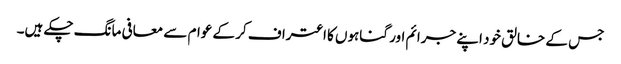
جس کے خالق خود اپنے جرائم اور گناہوں کا اعتراف کر کے عوام سے معافی مانگ چکے ہیں۔